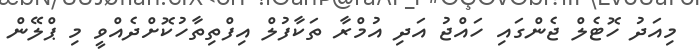
މިއަދު ހޮޓެލް ޖެންގައި ހައްޖު އަދި އުމްރާ ތަކާފުލް އިފްތިތާހުކޮށްދެއްވީ މި ޕްލޭން